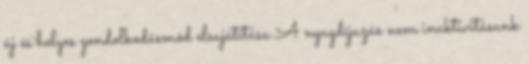
új és helyes gondolkodásmód elsajátítása A nyugdíjazás nem inaktivitásunk